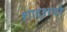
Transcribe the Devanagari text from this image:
शाहंशाही